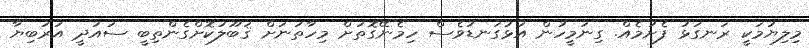
މިލިޔުމަކީ ރަނގަޅު ފެށުމެއް. ގިނަމީހުން އަޅުގަނޑުވެސް ހިމެނޭގޮތަށް މިހާތަނަށް ޤަބޫލުކޮށްގެންތިބީ ސައުދީ އަރަބިޔާ